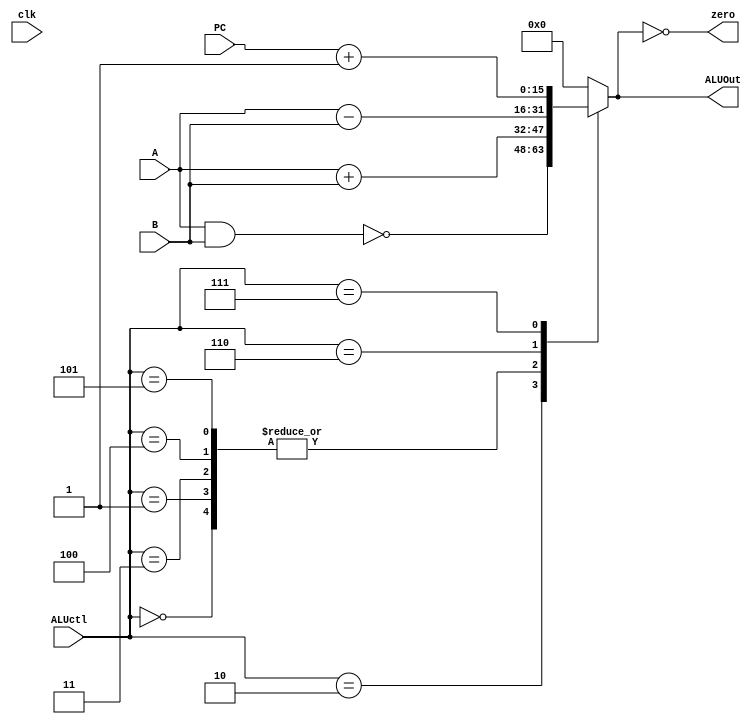
`timescale 1ns / 1ps
//////////////////////////////////////////////////////////////////////////////////
// Company: 
// 
// Design Name: 
// Module Name: ALU
// Project Name: 
// Target Devices: 
// Tool Versions: 
// Description: 
// 
// Dependencies: 
// 
// Revision:
// Revision 0.01 - File Created
// Additional Comments:
// 
//////////////////////////////////////////////////////////////////////////////////


module ALU #(
    parameter DATA_WIDTH=16,
    parameter NUM_REGISTERS=8,
    parameter REG_ADDR_BITS=3,
    parameter OP_WIDTH=3
)
(
    input clk,
    input [OP_WIDTH:0] ALUctl,
    input [DATA_WIDTH-1:0] A,
    input [DATA_WIDTH-1:0] B,
    input [DATA_WIDTH-1:0] PC,
    output reg [DATA_WIDTH-1:0] ALUOut,
    output zero
    );
    assign zero = (ALUOut == 0);
    always @(*) begin
        case (ALUctl)
            0: ALUOut <= A+B;   //ADD
            1: ALUOut <= A+B;   //ADDI
            2: ALUOut <= ~(A&B);   //NAND
            3: ALUOut <= A+B;   //LUI
            4: ALUOut <= A+B;   //SW
            5: ALUOut <= A+B;  //LW
            6: ALUOut <= A-B;  //BEQ
            7: ALUOut <= PC+1; //JALR
            default: ALUOut <= 0;
        endcase
   end
endmodule